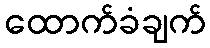
ထောက်ခံချက်